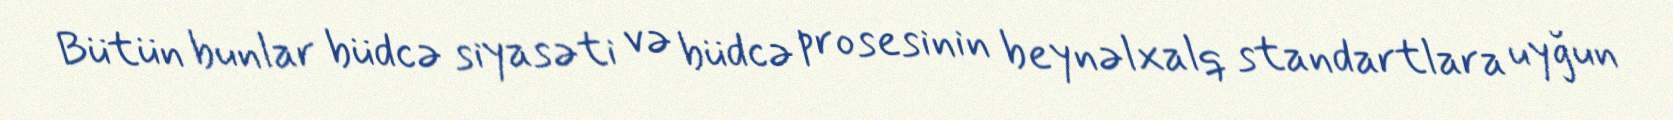
Bütün bunlar büdcə siyasəti və büdcə prosesinin beynəlxalq standartlara uyğun